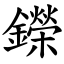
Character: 鑅